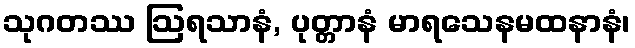
သုဂတဿ ဩရသာနံ, ပုတ္တာနံ မာရသေနမထနာနံ၊